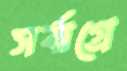
সর্বাগ্রে